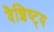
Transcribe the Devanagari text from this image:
वैशिष्ट्‍य